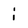
Character: i